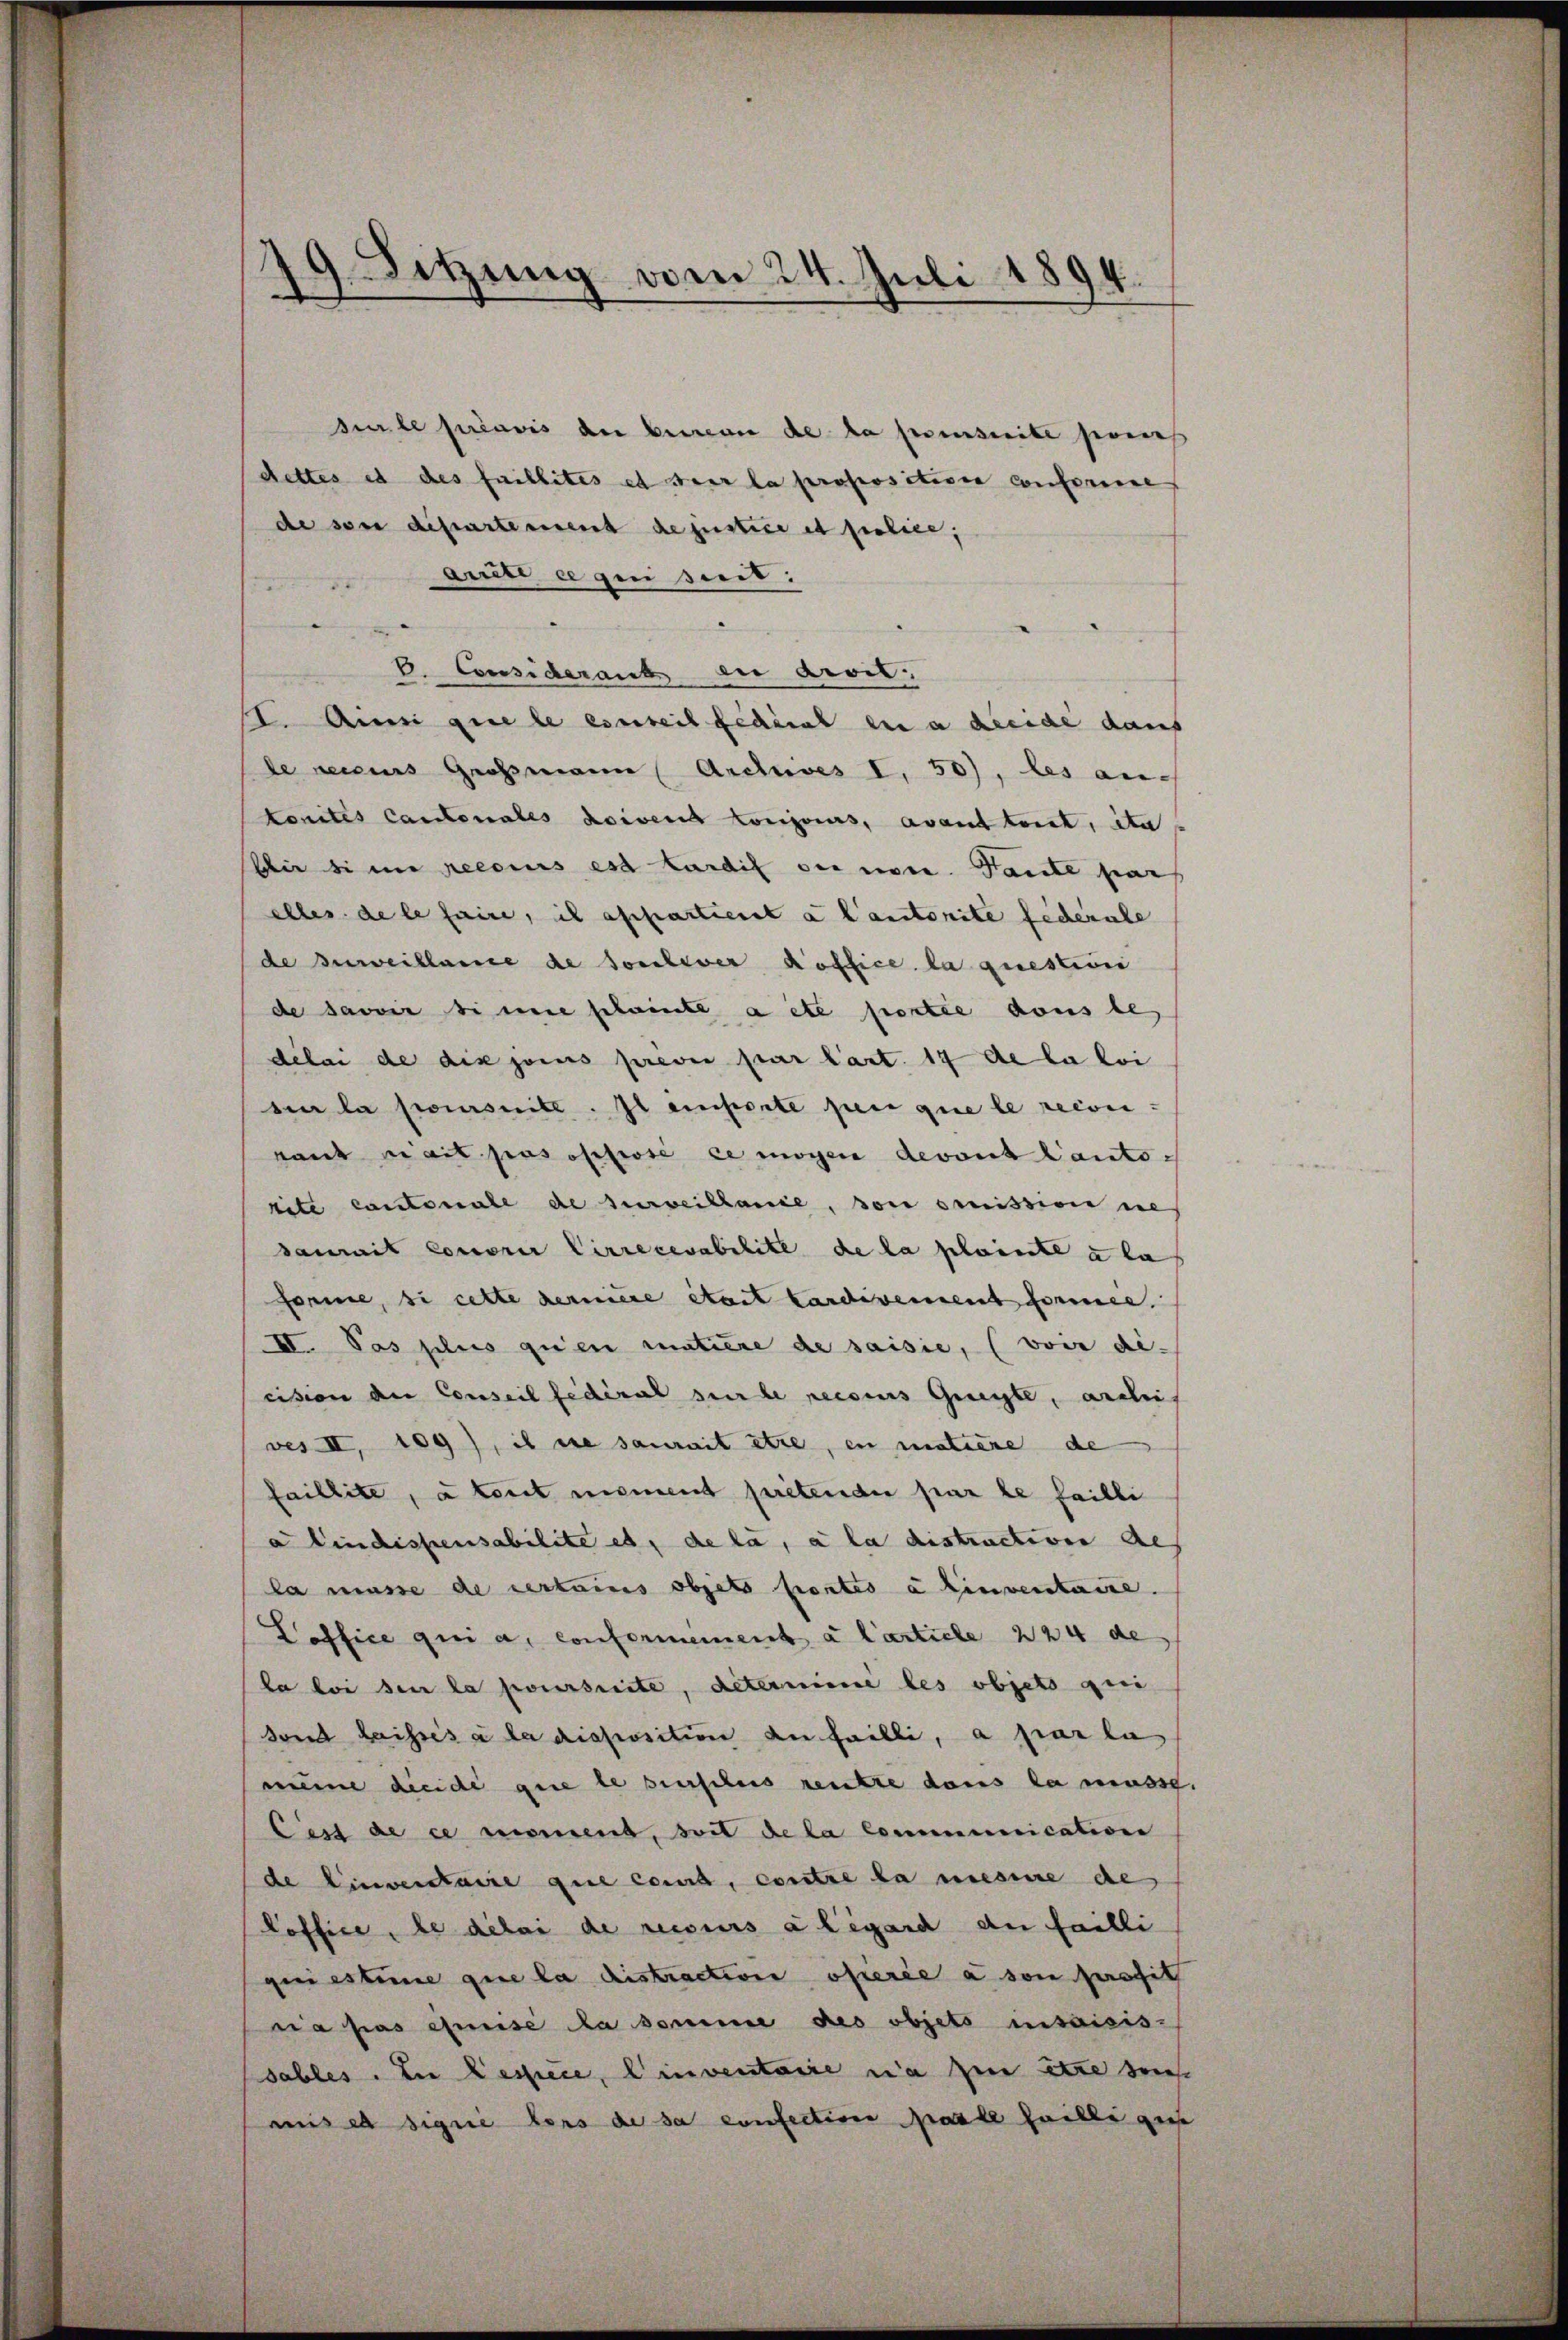
9 Sitzung vom 24. Juli 1894.
die

Sur le préavis der bereine de la penseite seines
cettes es des faillites et der la propositione conforme
de sei distartement de justice et filice,
Aut ce qui suit:

V. Considerant du droit
I. Ainsi que le es teil fédéral ein kleide dauf
de reises Großmann Archives I. 50), les auc
konntes Cantonales doivent conjours, avant tout, da
bir sinne recours est tardif der noce. Tante par
alles de le faire, il appartient a lautorite federale
de zuweillame de soulever Koffice, la questioni
de savoir binne scheinte aite portie dans les
délai de dix jouis priver par Cart. 17 de la loi
sin la poursuite. Il emporte per que le recon
ranz nait pas opposé le mögen devant Cantotite cantonale de surveillanie, son smission ne
daurait concore Correcevabilite de la plainte à la
forme, si cette dernière était tardivement former.
VII. Pas plus quien matiere de saisie, (voir di
cision der Conseil fédéral sur le reises Gregte, archi
ves II, 109), is sie saurait stre, en matiere de
faillite, à tout moment pretender par le failli
a findispensabilite es, de la, a la distraction de
la müsse de certaus objet sentes a linventaire.
Poffice qui a confermement à l’article 224 de
la loi den la poursuite, determine les objets qui
dond laissés à la disposition an failli, a par la
meine dieide gute le bursches reutze dans la musst.
Cest de ce moment, soit de la Communication
de Einventaire que comit, contre la mesure de
loffice, le délai de recours a legard de failli
geriestimme que la distraction operie à son purssit
ria pas émise da somme des objets insaisis-
sables. In Bestice, einventaire da sie stre dies
mis es signé lors de sa confection Karle hailligen